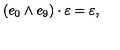
\left( e _ { 0 } \wedge e _ { 9 } \right) \cdot \varepsilon = \varepsilon ,